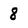
Character: 8